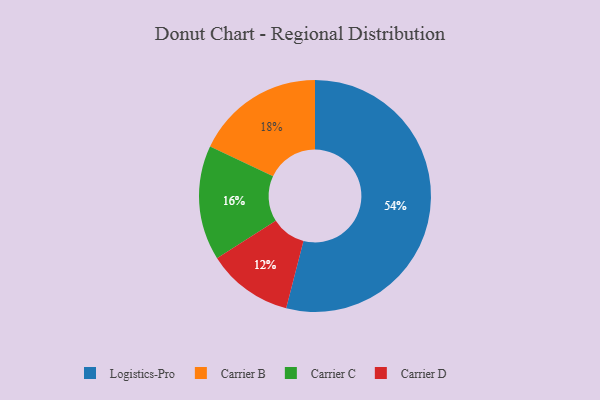
{"axis": {"x": "Category", "y": "Percentage"}, "legend": ["Carrier B", "Carrier C", "Carrier D", "Logistics-Pro"], "data": [{"x": "Carrier B", "y": 18, "type": "Carrier B"}, {"x": "Carrier D", "y": 12, "type": "Carrier D"}, {"x": "Carrier C", "y": 16, "type": "Carrier C"}, {"x": "Logistics-Pro", "y": 54, "type": "Logistics-Pro"}]}